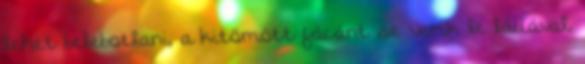
lehet belebotlani, a kitömött fácánt se verik le ládával,